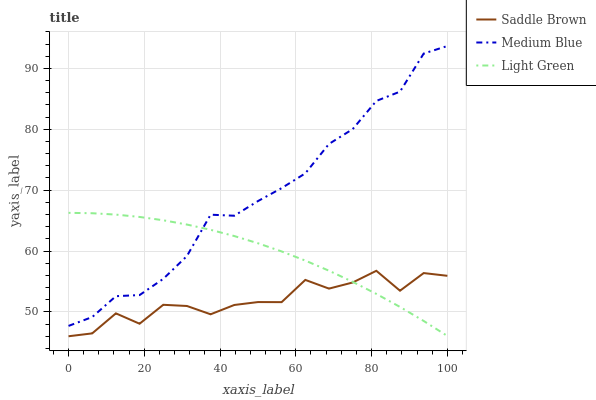
| xaxis_label | Saddle Brown | Medium Blue | Light Green |
 | --- | --- | --- | --- |
 | 0 | 46 | 47.7 | 66.3 |
 | 6.25 | 46.5 | 49.2 | 66.2 |
 | 12.5 | 49.8 | 52.6 | 66 |
 | 18.8 | 48.1 | 52.8 | 65.6 |
 | 25 | 51.2 | 55.4 | 65.1 |
 | 31.2 | 51 | 59.2 | 64.3 |
 | 37.5 | 49.6 | 66 | 63.5 |
 | 43.8 | 51.1 | 65.8 | 62.5 |
 | 50 | 51.6 | 68.2 | 61.3 |
 | 56.2 | 51.6 | 70.3 | 59.9 |
 | 62.5 | 55.3 | 72.8 | 58.4 |
 | 68.8 | 53.8 | 77.6 | 56.8 |
 | 75 | 54.8 | 80 | 54.9 |
 | 81.2 | 56.7 | 84.7 | 53 |
 | 87.5 | 53.5 | 86.2 | 50.8 |
 | 93.8 | 56.4 | 92.4 | 48.5 |
 | 100 | 55.9 | 93.7 | 46 |